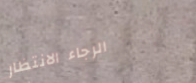
الرجاء الانتظار